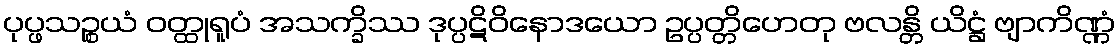
ပုပ္ဖသဉ္စယံ ဝတ္ထုရူပံ အသက္ခိဿ ဒုပ္ပဋိဝိနောဒယော ဥပ္ပတ္တိဟေတု ဗလန္တိ ယိဋ္ဌံ ဗျာကိဏ္ဏံ